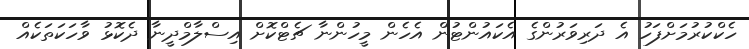
ހެކްކުރުމަށްފަހު އެ ދަރިވަރުންގެ އެކައުންޓުން އެހެން މީހުންނާ ޗެޓްކޮށް އިސްލާމްދީނާ ދެކޮޅު ވާހަކަތަކެއް